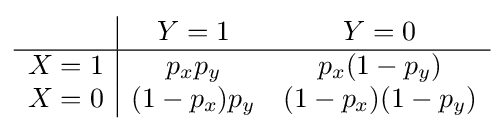
{\begin{array}{c|cc}&Y=1&Y=0\\\hline X=1&p_{x}p_{y}&p_{x}(1-p_{y})\\X=0&(1-p_{x})p_{y}&(1-p_{x})(1-p_{y})\end{array}}